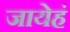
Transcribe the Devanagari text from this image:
जायेहं